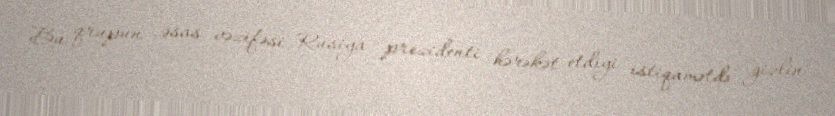
Bu qrupun əsas vəzifəsi Rusiya prezidenti hərəkət etdiyi istiqamətdə gizlin